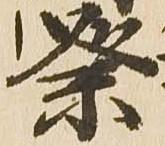
祭